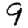
Digit: 9